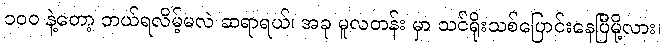
၁၀၀ နဲ့တော့ ဘယ်ရလိမ့်မလဲ ဆရာရယ်၊ အခု မူလတန်း မှာ သင်ရိုးသစ်ပြောင်းနေပြီမို့လား၊